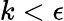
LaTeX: k<\epsilon